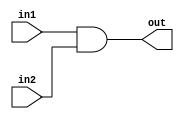
// Developed by Aashi Srivastava
//TITLE: OR GATE INSTANTIATION

module andGate_Ins (in1, in2, out); //module name assignment
    input in1, in2; //one-bit inputs (input-1, input-2)
    output out;

and N(out,in1, in2); //here or module (in-built) has been instantiated
    
endmodule